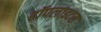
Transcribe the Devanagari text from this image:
हॉपलाइटस